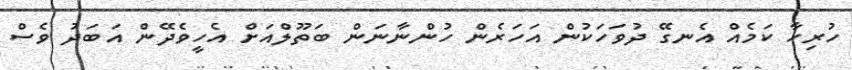
ހުރިހާ ކަމެއް އެނގޭ ދުވަހަކުން އަހަރެން ހުންނާނަން ބަތޫލްއަށް އެހީވެދޭން އަބަދު ވެސް